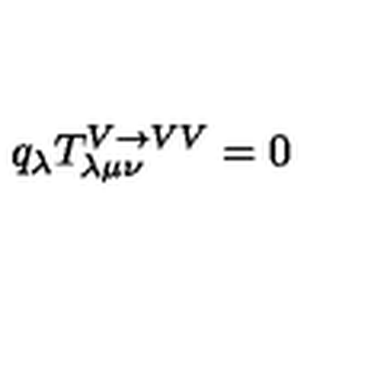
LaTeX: q _ { \lambda } T _ { \lambda \mu \nu } ^ { V \rightarrow V V } = 0